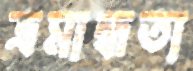
ভ্রমান্ধতা